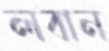
লবান